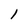
Character: 1